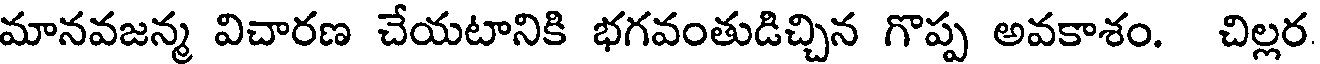
మానవజన్మ విచారణ చేయటానికి భగవంతుడిచ్చిన గొప్ప అవకాశం. చిల్లర